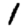
Digit: 1